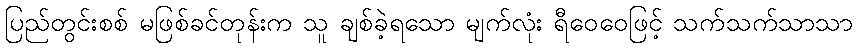
ပြည်တွင်းစစ် မဖြစ်ခင်တုန်းက သူ ချစ်ခဲ့ရသော မျက်လုံး ရီဝေဝေဖြင့် သက်သက်သာသာ